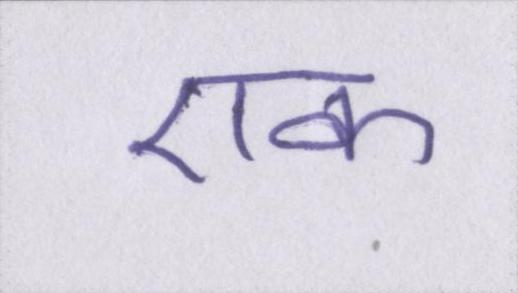
एक